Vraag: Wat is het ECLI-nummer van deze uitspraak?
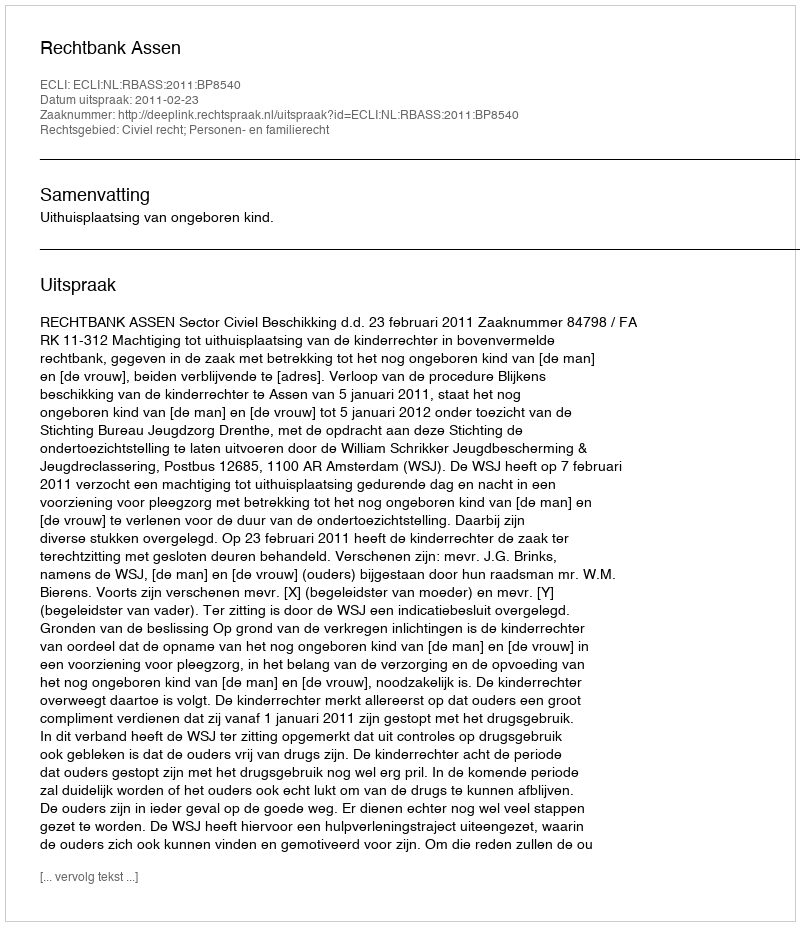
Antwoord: ECLI:NL:RBASS:2011:BP8540